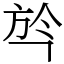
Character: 㫇